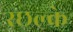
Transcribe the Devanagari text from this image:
स्छल्के